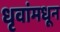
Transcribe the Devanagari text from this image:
धृवांमधून